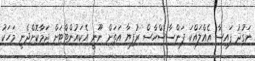
ނަގުދު ފައިސާ އެއްލައްކަ ފަންސާސްހާސް ރުފިޔާ އަތަށް ނޫނީ އެކައުންޓްޓަށް ޖަމާކޮށްދެނީ މަހަކު